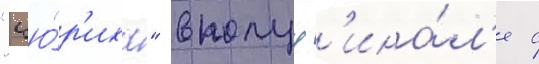
"цю́р'иха" в полуф'ина́л'е с